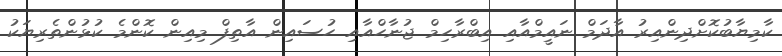
ކާމިޔާބުކޮށްދިންއިރު އާދަމް ނައީމްއާއި އިބްރާހިމް ޖުނާހްއާއި ހުސައިން އާތިފް މިއިން ކޮންމެ ކުޅުންތެރިޔަކު